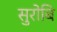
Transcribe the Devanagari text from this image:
सुरोबि